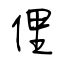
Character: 俚